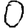
Digit: 0